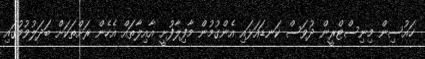
ހައުސިން މިނިސްޓްރީން ދުވަސް ކަނޑައަޅައި އެންގުމުން މާފިލާފުށީ އާއިލާތައް އެހެން ރަށްތަކަށް ބަދަލުވުމުގައި